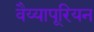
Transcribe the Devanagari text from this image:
वैय्यापूरियन